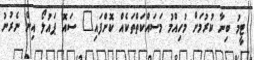
ޓީމު ބިނާ ކުރުމަށް މުހިއްމު މަސައްކަތްތަކެއް ކޮށްފައި" ސައޮ ޕައުލޯ އިން ނެރުނު